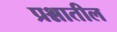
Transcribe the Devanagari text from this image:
प्रश्नातील